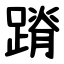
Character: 蹐